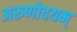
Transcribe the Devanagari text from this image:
अरुणोदयम्